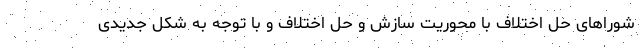
شوراهای حل اختلاف با محوریت سازش و حل اختلاف و با توجه به شکل جدیدی